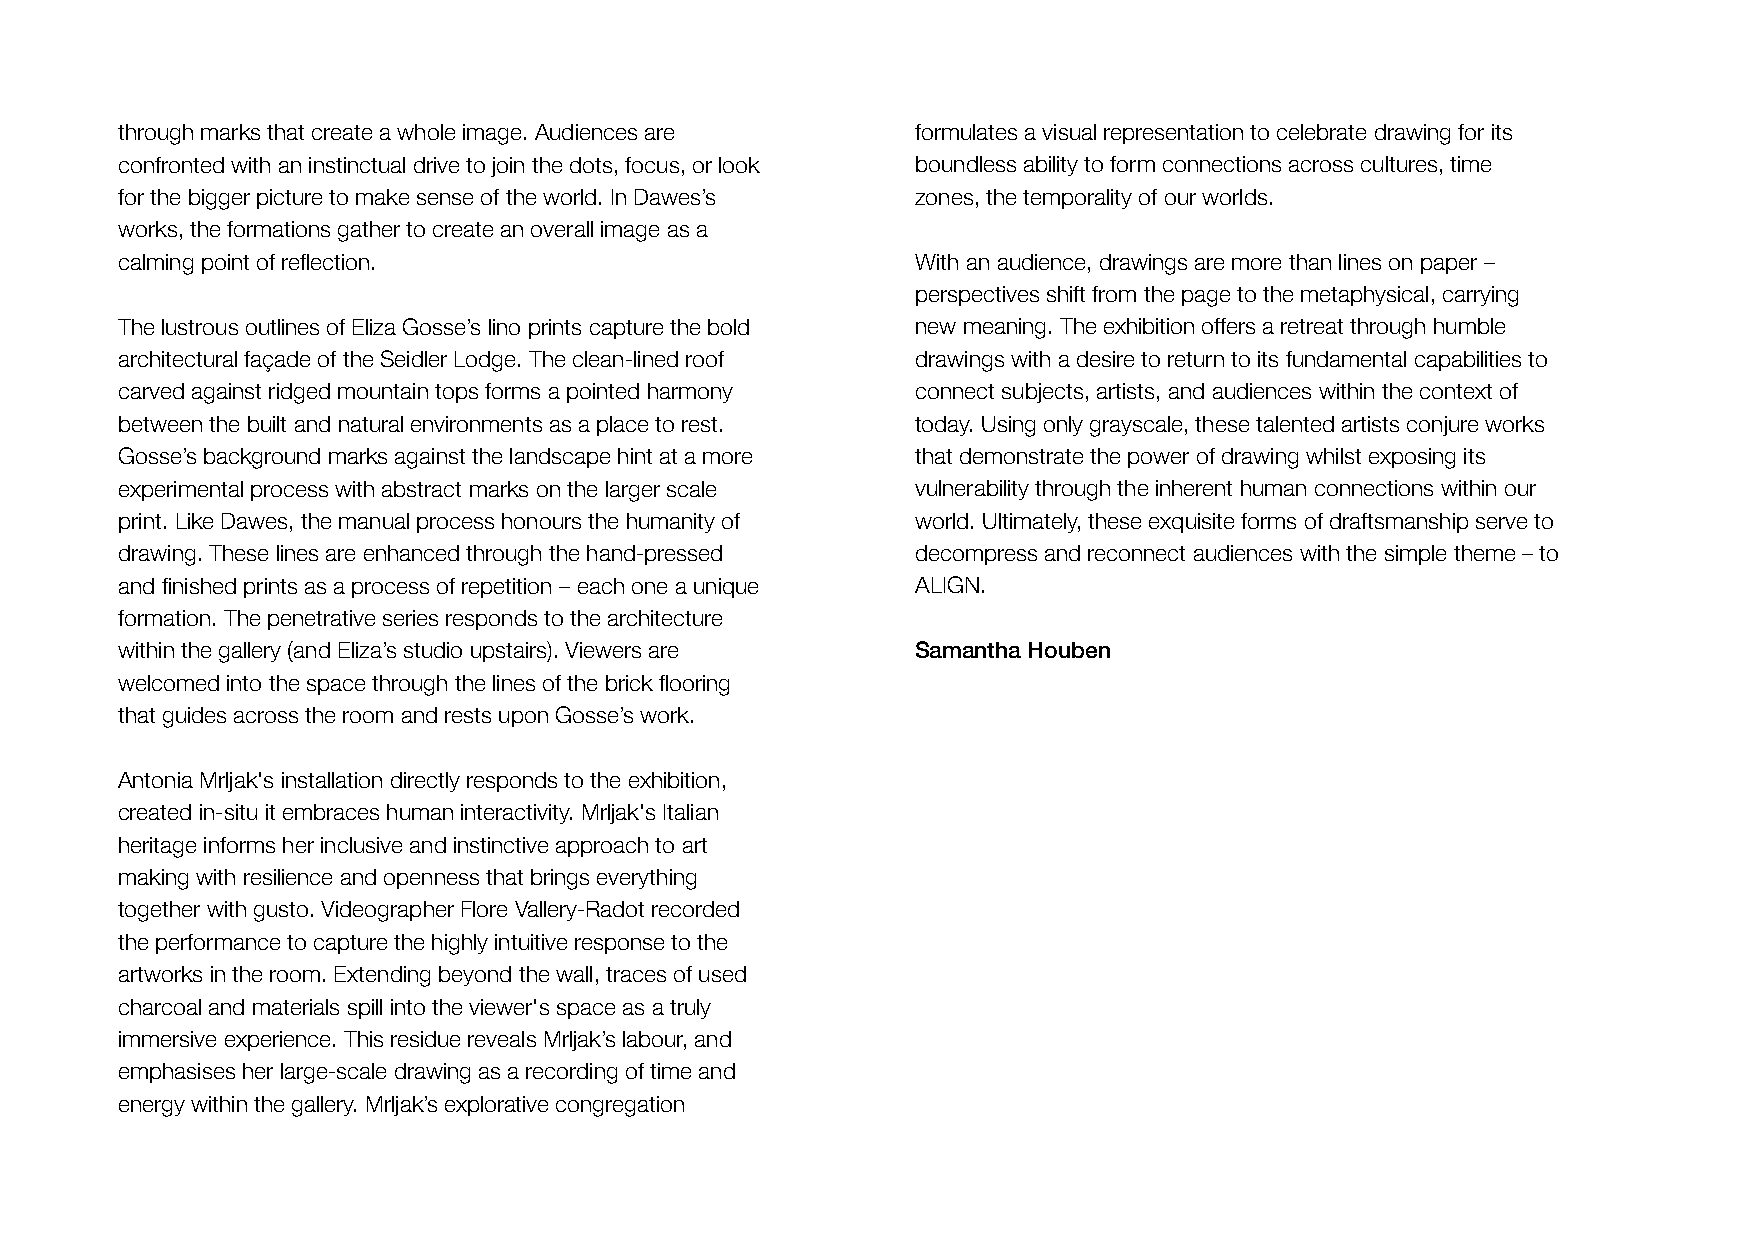
through marks that create a whole image. Audiences are formulates a visual representation to celebrate drawing for its
 confronted with an instinctual drive to join the dots, focus, or look boundless ability to form connections across cultures, time
 for the bigger picture to make sense of the world. In Dawes’s zones, the temporality of our worlds.
 works, the formations gather to create an overall image as a
 calming point of reflection.                         With an audience, drawings are more than lines on paper –
 perspectives shift from the page to the metaphysical, carrying
 The lustrous outlines of Eliza Gosse’s lino prints capture the bold new meaning. The exhibition offers a retreat through humble
 architectural façade of the Seidler Lodge. The clean-lined roof drawings with a desire to return to its fundamental capabilities to
 carved against ridged mountain tops forms a pointed harmony connect subjects, artists, and audiences within the context of
 between the built and natural environments as a place to rest. today. Using only grayscale, these talented artists conjure works
 Gosse’s background marks against the landscape hint at a more that demonstrate the power of drawing whilst exposing its
 experimental process with abstract marks on the larger scale vulnerability through the inherent human connections within our
 print. Like Dawes, the manual process honours the humanity of world. Ultimately, these exquisite forms of draftsmanship serve to
 drawing. These lines are enhanced through the hand-pressed decompress and reconnect audiences with the simple theme – to
 and finished prints as a process of repetition – each one a unique ALIGN.
 formation. The penetrative series responds to the architecture
 within the gallery (and Eliza’s studio upstairs). Viewers are Samantha Houben
 welcomed into the space through the lines of the brick flooring
 that guides across the room and rests upon Gosse’s work.
 Antonia Mrljak's installation directly responds to the exhibition,
 created in-situ it embraces human interactivity. Mrljak's Italian
 heritage informs her inclusive and instinctive approach to art
 making with resilience and openness that brings everything
 together with gusto. Videographer Flore Vallery-Radot recorded
 the performance to capture the highly intuitive response to the
 artworks in the room. Extending beyond the wall, traces of used
 charcoal and materials spill into the viewer's space as a truly
 immersive experience. This residue reveals Mrljak’s labour, and
 emphasises her large-scale drawing as a recording of time and
 energy within the gallery. Mrljak’s explorative congregation